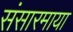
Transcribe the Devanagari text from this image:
संसारमाया